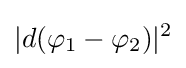
|d(\varphi _{1}-\varphi _{2})|^{2}